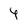
Character: 4